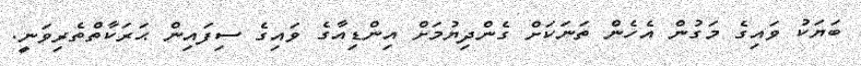
ބަޔަކު ވައިގެ މަގުން އެހެން ތަނަކަށް ގެންދިޔުމަށް އިންޑިއާގެ ވައިގެ ސިފައިން ޙަރަކާތްތެރިވަނީ.